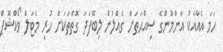
ހަމަ އެއާއެކު އާންމުންގެ ސިއްޙަތަށް ގެއްލުން ލިބޭފަދަ ގޮތްތަކަށް ހުރި މެޓަލް ވޯކްޝޮޕް